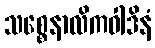
သစ္စေနာလိကဝါဒိနံ